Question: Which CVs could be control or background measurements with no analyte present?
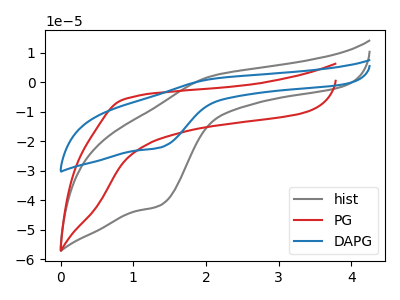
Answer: <think>The gray curve "hist" has an anodic peak at (2.10V, 2.15uA) and a cathodic peak at (1.35V, -41.80uA). The red curve "PG" has no peaks. The blue curve "DAPG" has an anodic peak at (2.10V, 1.15uA) and a cathodic peak at (1.35V, -22.20uA).</think>
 <answer>"PG" is likely to be a blank.</answer>
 <eval>PG</eval>